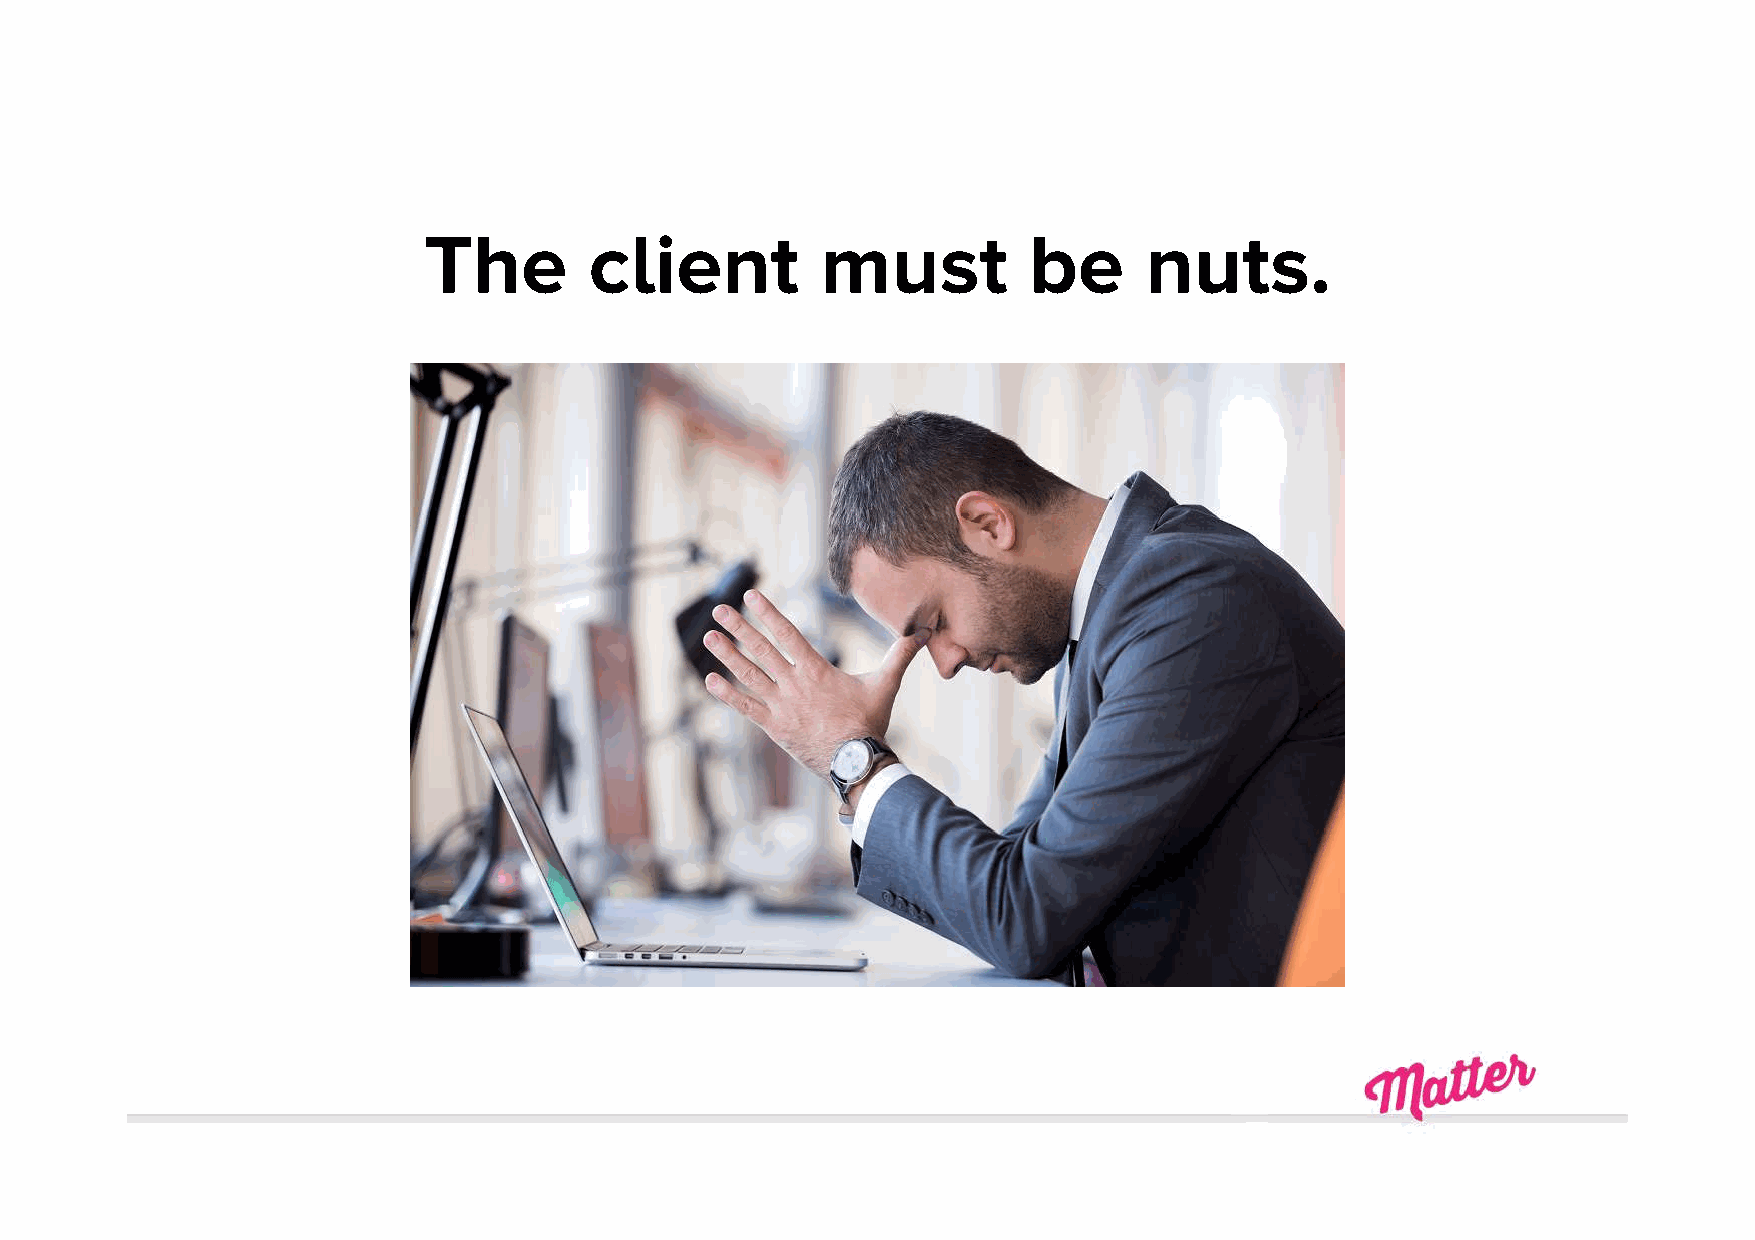
The        client         must          be      nuts.